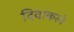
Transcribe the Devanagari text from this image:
दिवाकरने